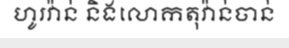
ហូរវ៉ាន់ និងលោកតុវ៉ាន់ចាន់